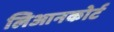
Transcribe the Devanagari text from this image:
लिआनकोर्ट